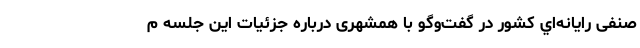
صنفی رايانه‌اي كشور در گفت‌وگو با همشهری درباره جزئيات اين جلسه م